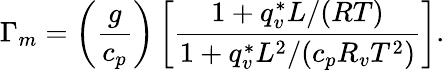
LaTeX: \Gamma_{m}=\left(\frac{g}{c_{p}}\right)\left[\frac{1+q_{v}^{*}L/(RT)}{1+q_{v}^{*}L^{2}/(c_{p}R_{v}T^{2})}\right].